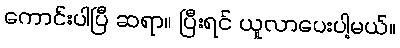
ကောင်းပါပြီ ဆရာ။ ပြီးရင် ယူလာပေးပါ့မယ်။